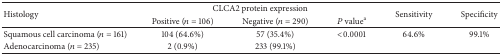
<table><thead><tr><td rowspan="2"><b>Histology</b></td><td colspan="3"><b>CLCA2 protein expression</b></td><td rowspan="2"><b>Sensitivity</b></td><td rowspan="2"><b>Specificity</b></td></tr><tr><td><b>Positive (<i>n</i> = 106)</b></td><td><b>Negative (<i>n</i> = 290)</b></td><td><b><i>P</i> value<sup>a</sup></b></td></tr></thead><tbody><tr><td>Squamous cell carcinoma (<i>n</i> = 161)</td><td>104 (64.6%)</td><td>57 (35.4%)</td><td>&lt;0.0001</td><td>64.6%</td><td>99.1%</td></tr><tr><td>Adenocarcinoma (<i>n</i> = 235)</td><td>2 (0.9%)</td><td>233 (99.1%)</td><td> </td><td> </td><td> </td></tr></tbody></table>